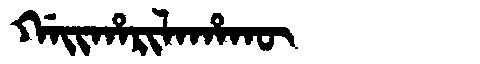
Manchu: ᡤᠠᡳᡥᠠᡵᡳᠯᠠᡥᠠᡴᡡ
Romanization: GAIHARILAHAKŪ